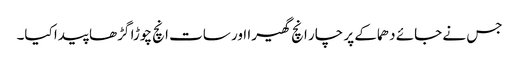
جس نے جائے دھماکے پر چار انچ گھیرا اور سات انچ چوڑا گڑھا پیدا کیا۔